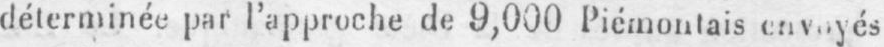
déterminée par l’approche de 9,000 Piémontais envoyés